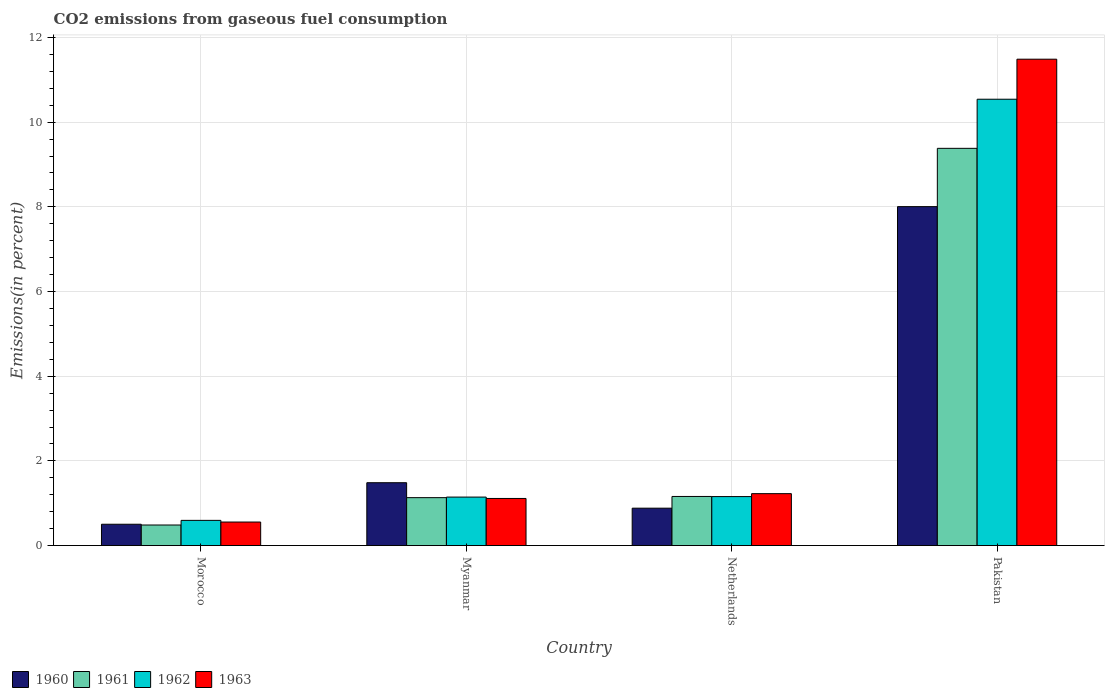
| Country | 1960 | 1961 | 1962 | 1963 |
 | --- | --- | --- | --- | --- |
 | Morocco | 0.504 | 0.485 | 0.595 | 0.556 |
 | Myanmar | 1.48 | 1.13 | 1.15 | 1.11 |
 | Netherlands | 0.883 | 1.16 | 1.16 | 1.23 |
 | Pakistan | 8.01 | 9.38 | 10.5 | 11.5 |